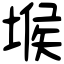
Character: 堠